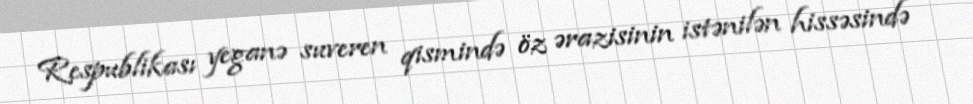
Respublikası yeganə suveren qismində öz ərazisinin istənilən hissəsində